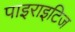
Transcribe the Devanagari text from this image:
पाइराइटिज